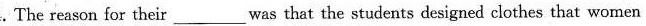
4.The reason for their_ was that the students designed clothes that women .